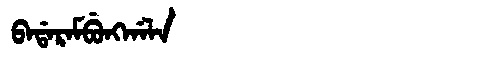
Manchu: ᠪᠠᡩᠠᡵᠠᠮᠪᡠᠩᡤᠠᠯᠠ
Romanization: BADARAMBUNGGALA